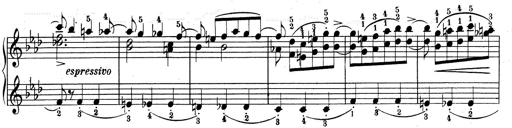
Title: Weinen, Klagen, Sorgen, Zagen
Composer: Franz Liszt